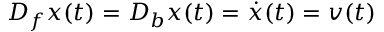
D _ { f } x ( t ) = D _ { b } x ( t ) = \Dot { x } ( t ) = v ( t )